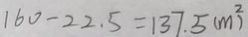
1 6 0 - 2 2 . 5 = 1 3 7 . 5 ( m ^ { 2 } )